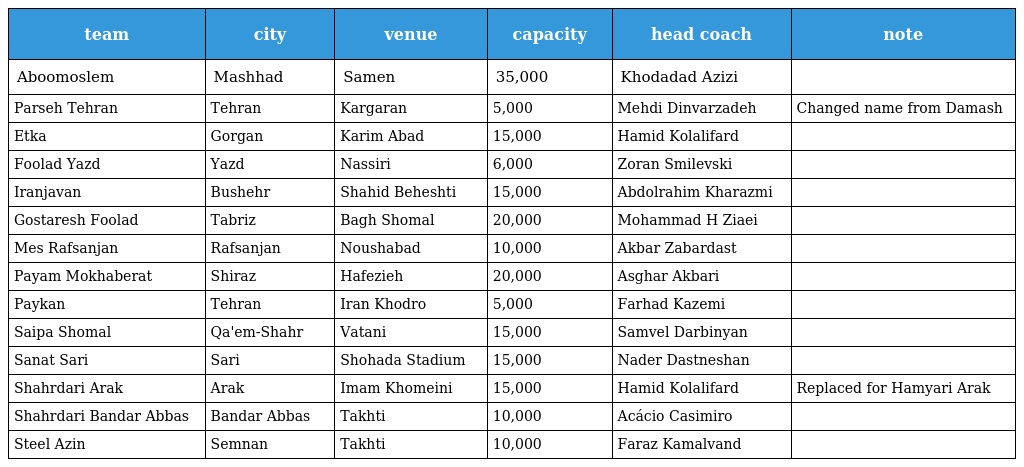
| team | city | venue | capacity | head coach | note |
 | --- | --- | --- | --- | --- | --- |
 | Aboomoslem | Mashhad | Samen | 35,000 | Khodadad Azizi |  |
 | Parseh Tehran | Tehran | Kargaran | 5,000 | Mehdi Dinvarzadeh | Changed name from Damash |
 | Etka | Gorgan | Karim Abad | 15,000 | Hamid Kolalifard |  |
 | Foolad Yazd | Yazd | Nassiri | 6,000 | Zoran Smilevski |  |
 | Iranjavan | Bushehr | Shahid Beheshti | 15,000 | Abdolrahim Kharazmi |  |
 | Gostaresh Foolad | Tabriz | Bagh Shomal | 20,000 | Mohammad H Ziaei |  |
 | Mes Rafsanjan | Rafsanjan | Noushabad | 10,000 | Akbar Zabardast |  |
 | Payam Mokhaberat | Shiraz | Hafezieh | 20,000 | Asghar Akbari |  |
 | Paykan | Tehran | Iran Khodro | 5,000 | Farhad Kazemi |  |
 | Saipa Shomal | Qa'em-Shahr | Vatani | 15,000 | Samvel Darbinyan |  |
 | Sanat Sari | Sari | Shohada Stadium | 15,000 | Nader Dastneshan |  |
 | Shahrdari Arak | Arak | Imam Khomeini | 15,000 | Hamid Kolalifard | Replaced for Hamyari Arak |
 | Shahrdari Bandar Abbas | Bandar Abbas | Takhti | 10,000 | Acácio Casimiro |  |
 | Steel Azin | Semnan | Takhti | 10,000 | Faraz Kamalvand |  |